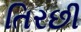
તિરછી